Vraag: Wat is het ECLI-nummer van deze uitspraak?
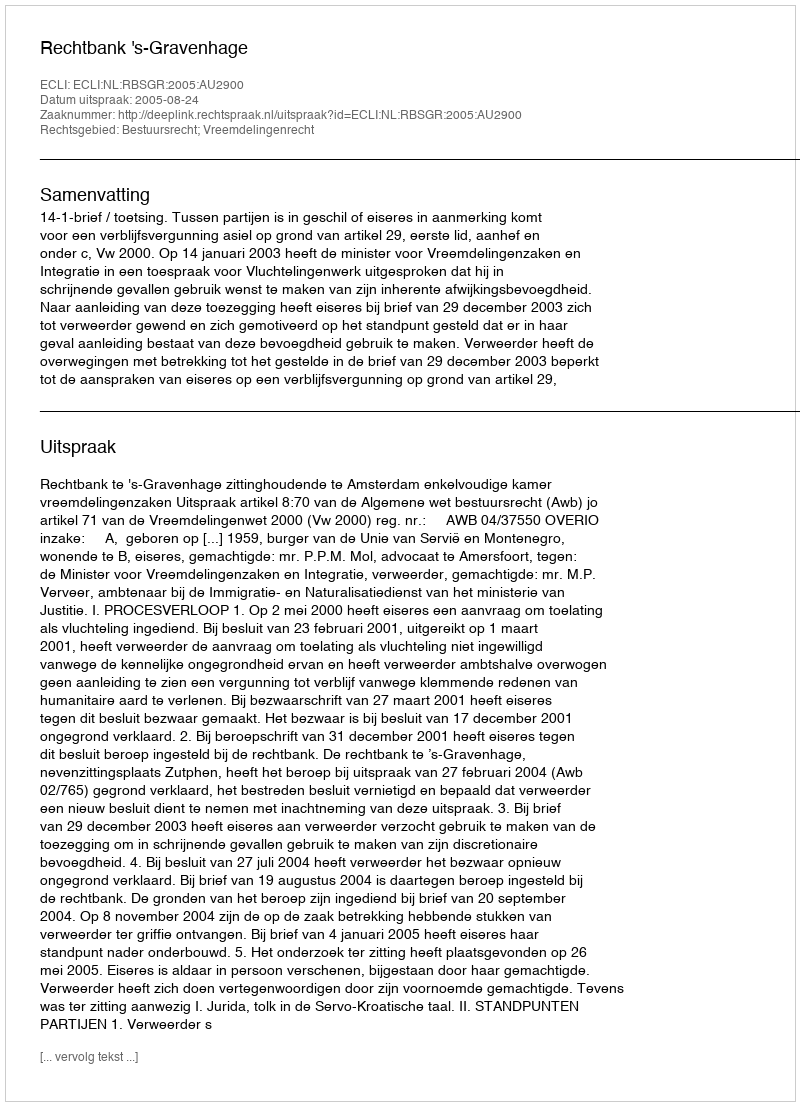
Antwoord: ECLI:NL:RBSGR:2005:AU2900